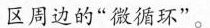
区周边的“微循环”